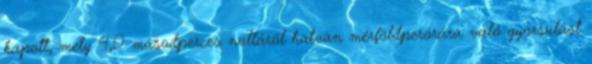
kapott, mely 4,0 másodperces nulláról hatvan mérföldperórára való gyorsulást